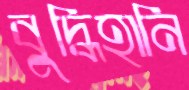
বুদ্ধিহানি